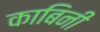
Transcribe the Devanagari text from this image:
काबिनी